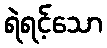
ရဲရင့်သော